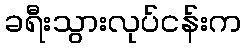
ခရီးသွားလုပ်ငန်းက